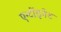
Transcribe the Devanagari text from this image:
एन्टोंइनेट